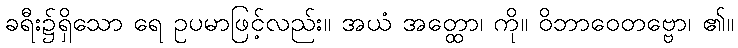
ခရီး၌ရှိသော ရေ ဥပမာဖြင့်လည်း။ အယံ အတ္ထော၊ ကို။ ဝိဘာဝေတဗ္ဗော၊ ၏။